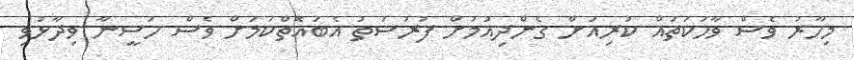
މިހާރު ވެސް ވާހަކަތައް ކުރިއަށް ގެންދިއުމަށް ފުރުސަތު އެބައޮތްކަމަށް ވެސް ހަސީނާ ވިދާޅުވި